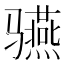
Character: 𱅬